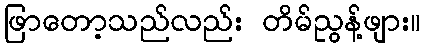
ဖြာတော့သည်လည်း တိမ်ညွန့်ဖျား။